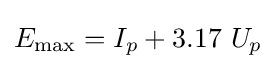
E_{\mathrm {max} }=I_{p}+3.17\ U_{p}